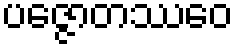
ပဇ္ဇောတဿေဝ